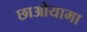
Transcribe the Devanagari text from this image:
छाओयामा